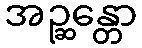
အဉ္ဆန္တော